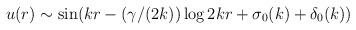
\begin{align*}u(r)\sim\sin (kr-(\gamma/(2k))\log 2kr +\sigma_0(k) + \delta_0(k))\end{align*}